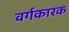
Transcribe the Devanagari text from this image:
वर्गकारक